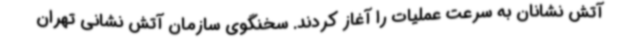
آتش نشانان به سرعت عملیات را آغاز کردند. سخنگوی سازمان آتش نشانی تهران